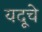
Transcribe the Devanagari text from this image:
यदूचे